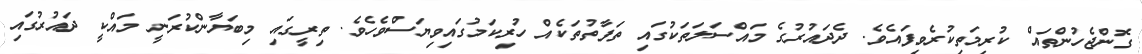
ގޮންޖެހުންތައް ކުރިމަތިކުރެވިފައެވެ. ދެދައުރުގެ މައްސަލަތަކުގައި ތަފާތުތަކެއް ހުރިކަމުގައިވިޔަސްވެހެވެ. ތިރީގައި މިބަޔާންކުރަނީ މައްކީ ދައުރުގައި